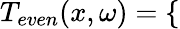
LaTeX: T_{even}(x,\omega)=\left\{ \begin{array}{ll}\end{array}\right.